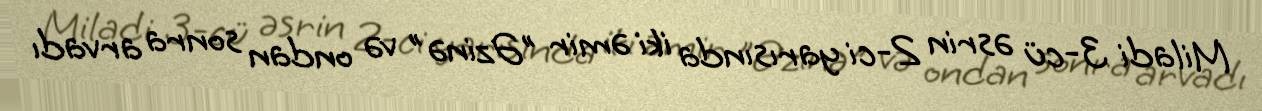
Miladi 3-cü əsrin 2-ci yarısında iki əmir "Əzinə" və ondan sonra arvadı